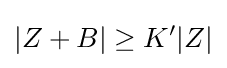
|Z+B|\geq K'|Z|